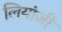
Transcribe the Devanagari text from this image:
लियांजी